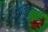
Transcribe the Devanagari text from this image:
उपासनातत्वों